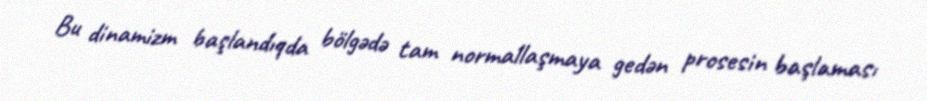
Bu dinamizm başlandıqda bölgədə tam normallaşmaya gedən prosesin başlaması